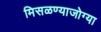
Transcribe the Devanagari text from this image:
मिसळण्याजोग्या